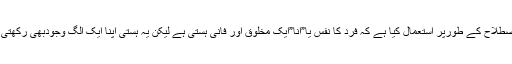
علامہ رحمۃ اللہ علیہ نے خودی کو فلسفیانہ اصطلاح کے طورپر استعمال کیا ہے کہ فرد کا نفس یا”اَنَا”ایک مخلوق اور فانی ہستی ہے لیکن یہ ہستی اپنا ایک الگ وجودبھی رکھتی ہے جو عمل سے پائیداراورلازوال ہوجاتاہے۔